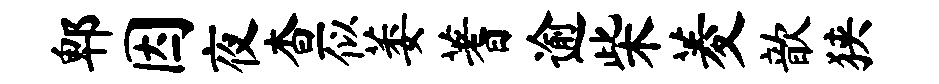
郫因夜查似萎蓍逾柴菱歆狭